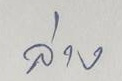
ล่าง